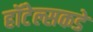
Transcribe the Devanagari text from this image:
हॉटेल्सकडे